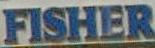
FISHER